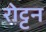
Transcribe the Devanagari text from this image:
रोट्टन